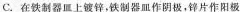
C.在铁制器皿上镀锌，铁制器皿作阴极，锌片作阳极